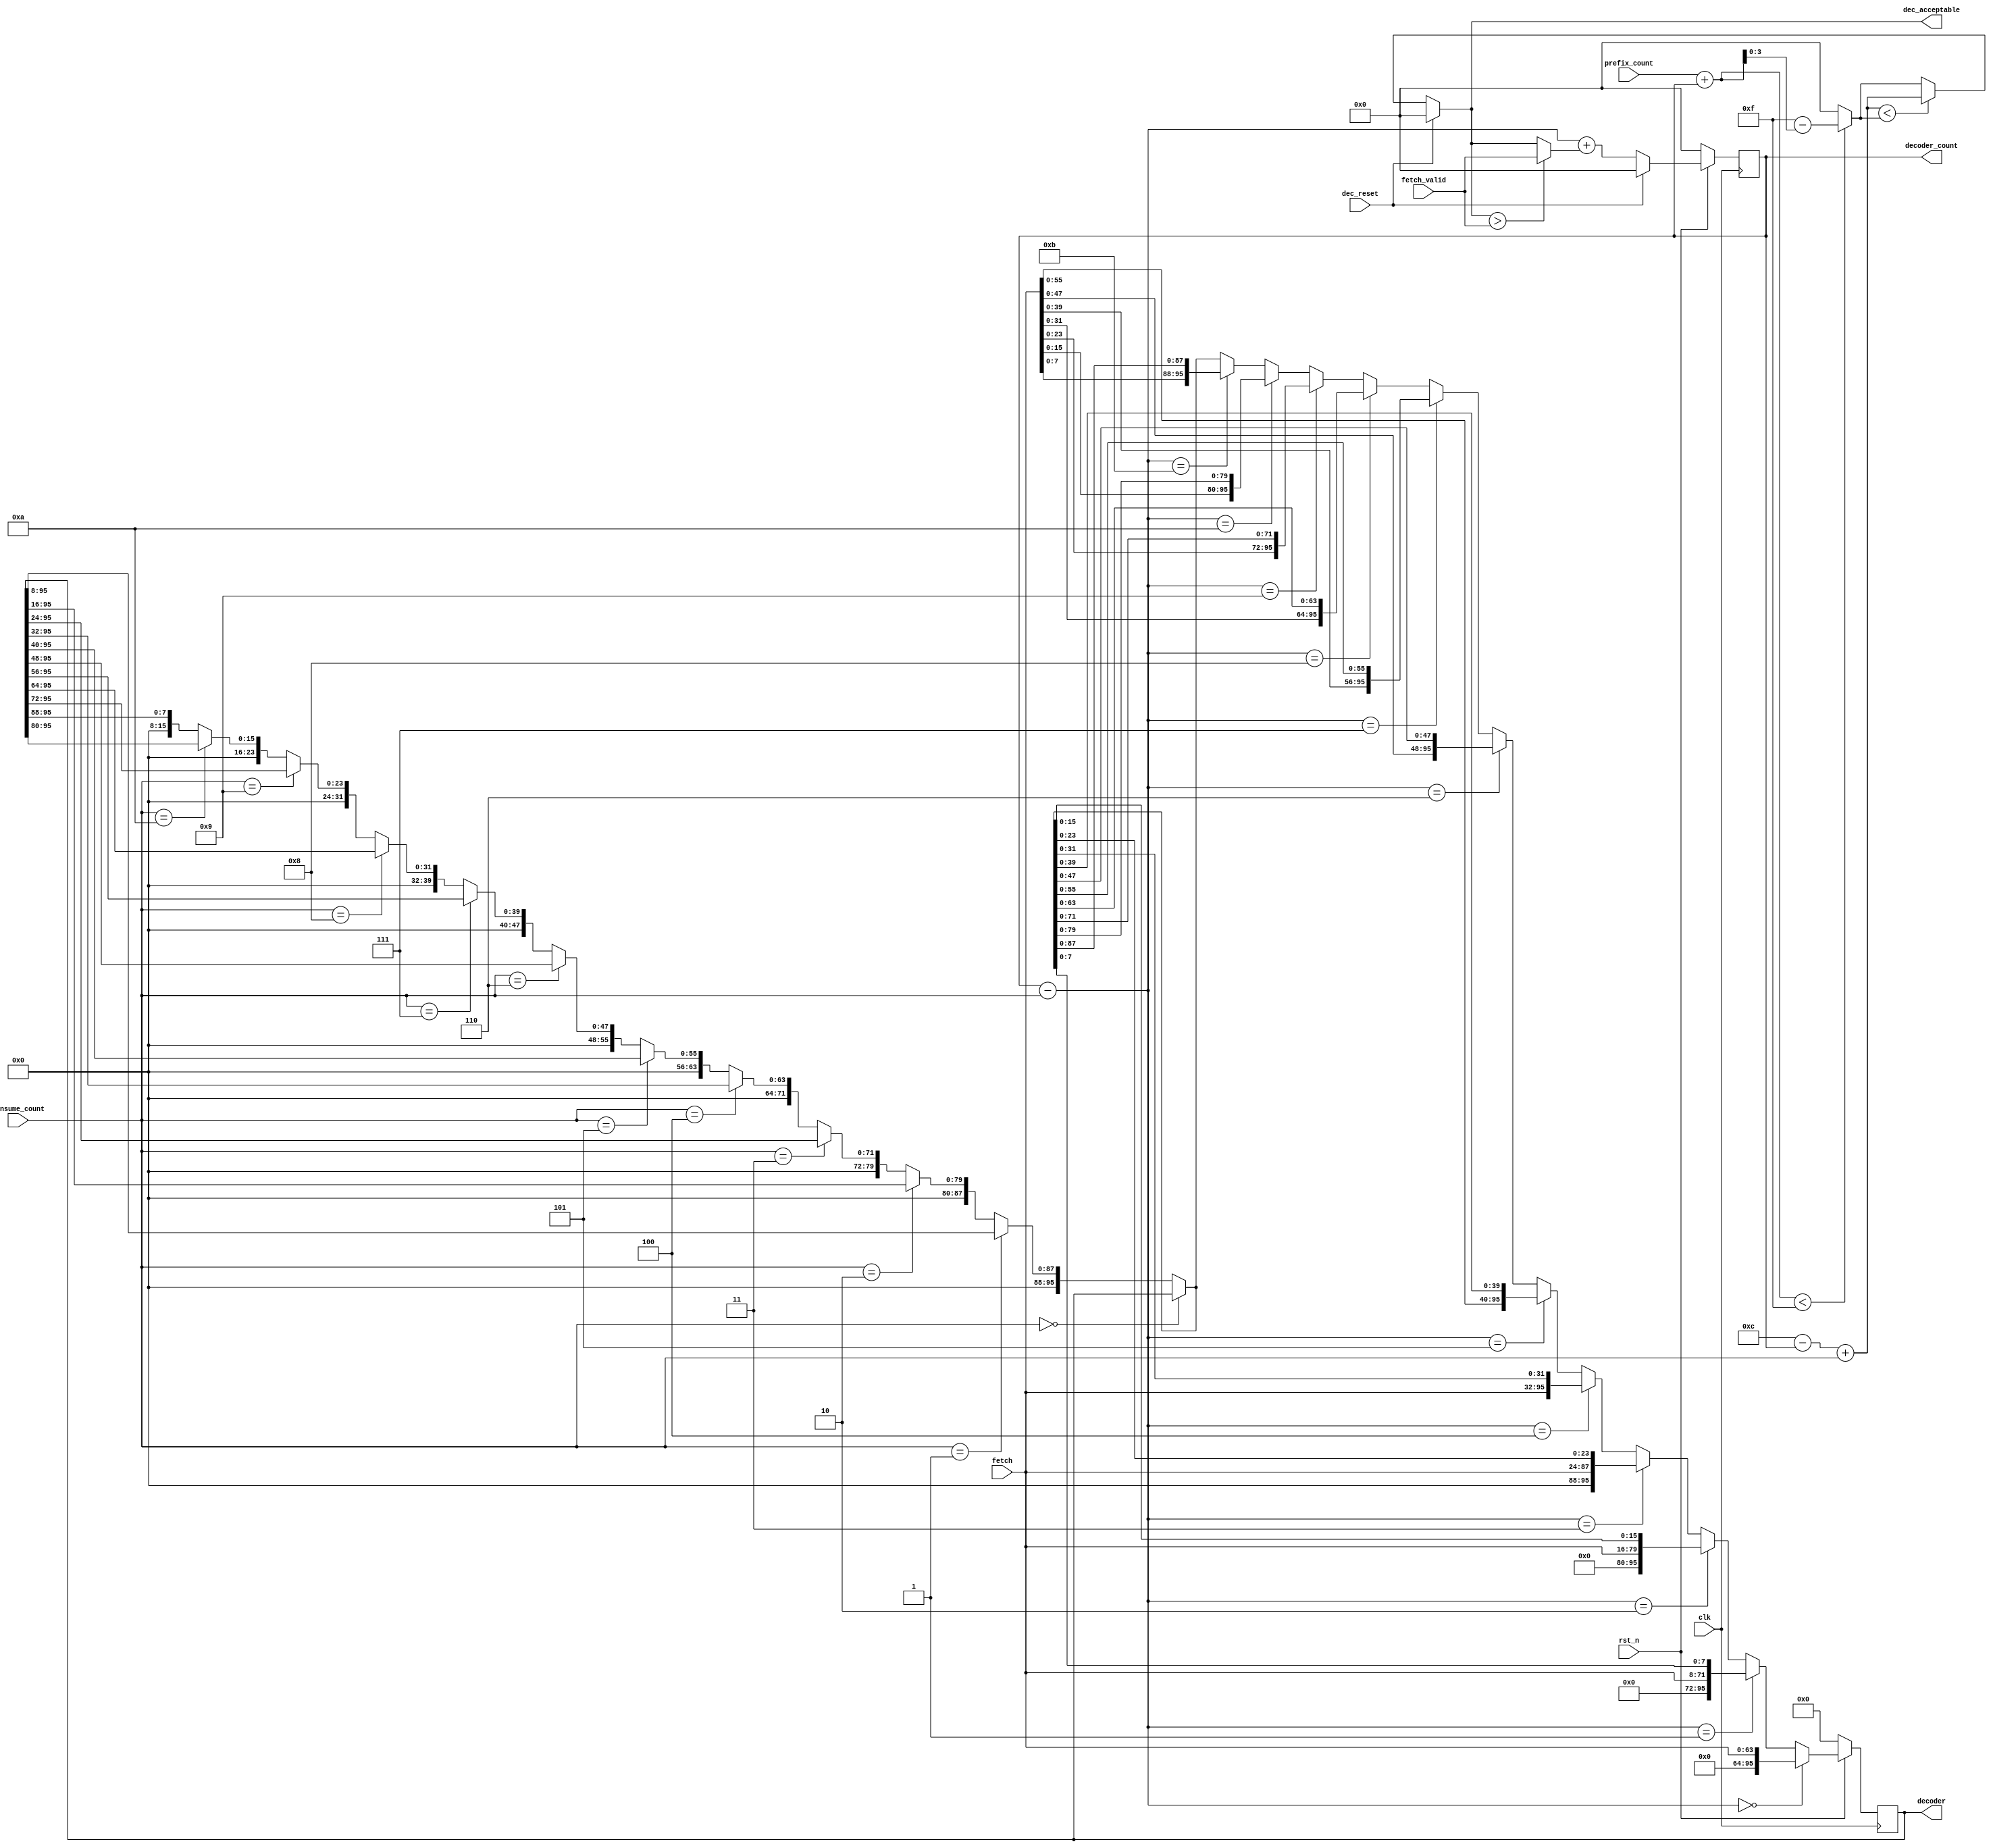
/*
 * Copyright (c) 2014, Aleksander Osman
 * All rights reserved.
 * 
 * Redistribution and use in source and binary forms, with or without
 * modification, are permitted provided that the following conditions are met:
 * 
 * * Redistributions of source code must retain the above copyright notice, this
 *   list of conditions and the following disclaimer.
 * 
 * * Redistributions in binary form must reproduce the above copyright notice,
 *   this list of conditions and the following disclaimer in the documentation
 *   and/or other materials provided with the distribution.
 * 
 * THIS SOFTWARE IS PROVIDED BY THE COPYRIGHT HOLDERS AND CONTRIBUTORS "AS IS"
 * AND ANY EXPRESS OR IMPLIED WARRANTIES, INCLUDING, BUT NOT LIMITED TO, THE
 * IMPLIED WARRANTIES OF MERCHANTABILITY AND FITNESS FOR A PARTICULAR PURPOSE ARE
 * DISCLAIMED. IN NO EVENT SHALL THE COPYRIGHT HOLDER OR CONTRIBUTORS BE LIABLE
 * FOR ANY DIRECT, INDIRECT, INCIDENTAL, SPECIAL, EXEMPLARY, OR CONSEQUENTIAL
 * DAMAGES (INCLUDING, BUT NOT LIMITED TO, PROCUREMENT OF SUBSTITUTE GOODS OR
 * SERVICES; LOSS OF USE, DATA, OR PROFITS; OR BUSINESS INTERRUPTION) HOWEVER
 * CAUSED AND ON ANY THEORY OF LIABILITY, WHETHER IN CONTRACT, STRICT LIABILITY,
 * OR TORT (INCLUDING NEGLIGENCE OR OTHERWISE) ARISING IN ANY WAY OUT OF THE USE
 * OF THIS SOFTWARE, EVEN IF ADVISED OF THE POSSIBILITY OF SUCH DAMAGE.
 */

module decode_regs(
    input               clk,
    input               rst_n,
    
    input               dec_reset,
    
    input       [3:0]   fetch_valid,
    input       [63:0]  fetch,
    
    input       [3:0]   prefix_count,
    input       [3:0]   consume_count,
    
    output      [3:0]   dec_acceptable,
    
    output reg  [95:0]  decoder,
    output reg  [3:0]   decoder_count
);

//------------------------------------------------------------------------------

wire [3:0] after_consume_count;

wire [4:0] total_count;

wire [3:0] acceptable_1;
wire [3:0] acceptable_2;

wire [3:0] accepted;

wire [95:0] after_consume;

wire [95:0] decoder_next;

//------------------------------------------------------------------------------

//------------------------------------------------------------------------------

assign after_consume_count = decoder_count - consume_count;

assign total_count         = prefix_count + decoder_count;

//------------------------------------------------------------------------------

// acceptable by decoder
assign acceptable_1     = 4'd12 - decoder_count + consume_count;
                                
// acceptable by total instruction length
assign acceptable_2     = (total_count < 5'd15)? 4'd15 - total_count[3:0] : 4'd0;

assign dec_acceptable   = (dec_reset)?                      4'd0 :
                          (acceptable_1 < acceptable_2)?    acceptable_1 : acceptable_2;

assign accepted         = (dec_acceptable > fetch_valid)? fetch_valid : dec_acceptable;

//------------------------------------------------------------------------------

assign after_consume = 
    (consume_count == 4'd0)?            decoder :
    (consume_count == 4'd1)?  { 8'd0,   decoder[95:8] } :
    (consume_count == 4'd2)?  { 16'd0,  decoder[95:16] } :
    (consume_count == 4'd3)?  { 24'd0,  decoder[95:24] } :
    (consume_count == 4'd4)?  { 32'd0,  decoder[95:32] } :
    (consume_count == 4'd5)?  { 40'd0,  decoder[95:40] } :
    (consume_count == 4'd6)?  { 48'd0,  decoder[95:48] } :
    (consume_count == 4'd7)?  { 56'd0,  decoder[95:56] } :
    (consume_count == 4'd8)?  { 64'd0,  decoder[95:64] } :
    (consume_count == 4'd9)?  { 72'd0,  decoder[95:72] } :
    (consume_count == 4'd10)? { 80'd0,  decoder[95:80] } :
                              { 88'd0,  decoder[95:88] };
        
assign decoder_next =
    (after_consume_count == 4'd0)?   { 32'd0,fetch } :
    (after_consume_count == 4'd1)?   { 24'd0,fetch,       after_consume[7:0] } :
    (after_consume_count == 4'd2)?   { 16'd0,fetch,       after_consume[15:0] } :
    (after_consume_count == 4'd3)?   { 8'd0, fetch,       after_consume[23:0] } :
    (after_consume_count == 4'd4)?   {       fetch,       after_consume[31:0] } :
    (after_consume_count == 4'd5)?   {       fetch[55:0], after_consume[39:0] } :
    (after_consume_count == 4'd6)?   {       fetch[47:0], after_consume[47:0] } :
    (after_consume_count == 4'd7)?   {       fetch[39:0], after_consume[55:0] } :
    (after_consume_count == 4'd8)?   {       fetch[31:0], after_consume[63:0] } :
    (after_consume_count == 4'd9)?   {       fetch[23:0], after_consume[71:0] } :
    (after_consume_count == 4'd10)?  {       fetch[15:0], after_consume[79:0] } :
    (after_consume_count == 4'd11)?  {       fetch[7:0],  after_consume[87:0] } :
                                                          after_consume;

//------------------------------------------------------------------------------

always @(posedge clk) begin
    if(rst_n == 1'b0)   decoder <= 96'd0;
    else                decoder <= decoder_next;
end

always @(posedge clk) begin
    if(rst_n == 1'b0)   decoder_count <= 4'd0;
    else if(dec_reset)  decoder_count <= 4'd0;
    else                decoder_count <= after_consume_count + accepted;
end

//------------------------------------------------------------------------------

//------------------------------------------------------------------------------

endmodule